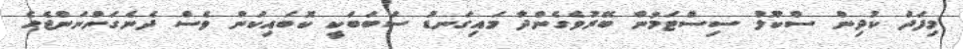
މިފަދަ ކުދިން ސްކޫލް ސިސްޓަމުން ބޭރުވެގެންދާ މައިގަނޑު ސަބަބަކީ ކޮބައިކަން ވެސް ދެނެގަންނަންޖެހެ